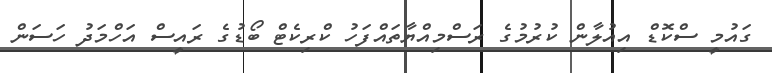
ގައުމީ ސްކޮޑް އިއުލާން ކުރުމުގެ ރަސްމިއްޔާތައްފަހު ކްރިކެޓް ބޯޑުގެ ރައީސް އަހްމަދު ހަސަން